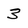
Character: 3